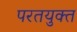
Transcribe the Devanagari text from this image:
परतयुक्त